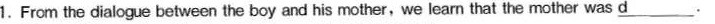
1. From the dialogue between the boy and his mother,we lean that the mother was \underline{d}.